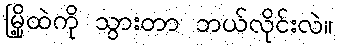
မြို့ထဲကို သွားတာ ဘယ်လိုင်းလဲ။